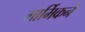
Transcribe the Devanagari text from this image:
मार्मिकने